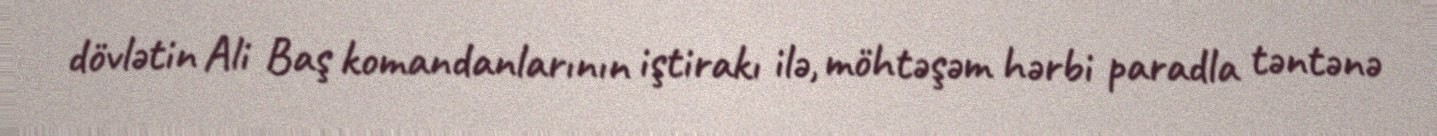
dövlətin Ali Baş komandanlarının iştirakı ilə, möhtəşəm hərbi paradla təntənə